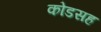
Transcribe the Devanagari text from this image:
कोडसह